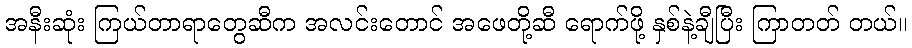
အနီးဆုံး ကြယ်တာရာတွေဆီက အလင်းတောင် အဖေတို့ဆီ ရောက်ဖို့ နှစ်နဲ့ချီပြီး ကြာတတ် တယ်။